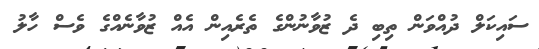
ސައިކަލް ދުއްވަން ތިބި ދެ ޒުވާނުންގެ ތެރެއިން އެއް ޒުވާނެއްގެ ވެސް ހާލު